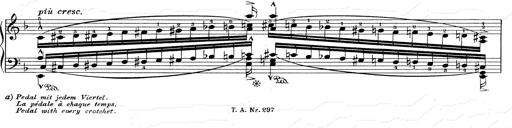
Title: RÃ©miniscences de Don Juan
Composer: Franz Liszt